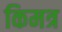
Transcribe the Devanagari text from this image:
किमत्र